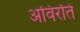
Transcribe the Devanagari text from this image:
अविरति